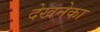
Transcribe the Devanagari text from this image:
देखनेका